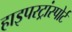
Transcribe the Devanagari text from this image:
हाइपरट्रांस्पोर्ट